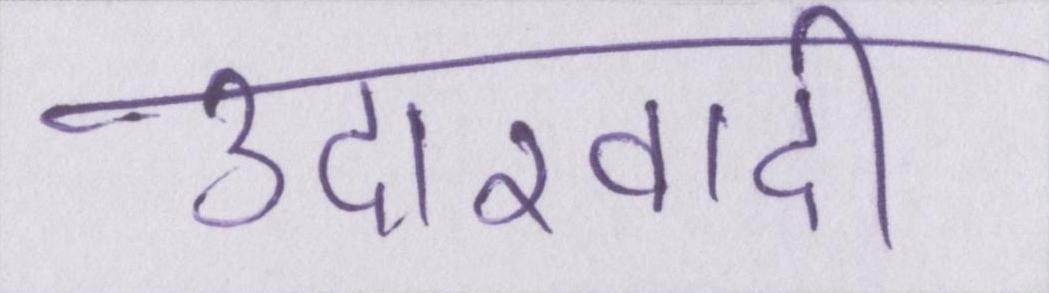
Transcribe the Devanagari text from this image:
उदारवादी